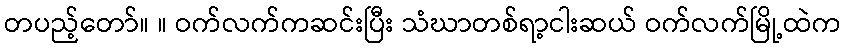
တပည့်တော်။ ။ ဝက်လက်ကဆင်းပြီး သံဃာတစ်ရာ့ငါးဆယ် ဝက်လက်မြို့ထဲက